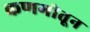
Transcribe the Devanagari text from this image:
कणगीतून